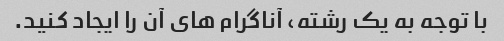
با توجه به یک رشته، آناگرام های آن را ایجاد کنید.